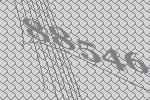
88546